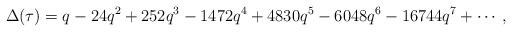
LaTeX: \begin{align*}\Delta(\tau) = q - 24q^2 + 252q^3 - 1472q^4 + 4830q^5 - 6048q^6 - 16744q^7 + \cdots,\end{align*}